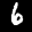
Label: 6